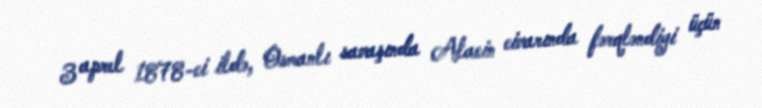
3 aprel 1878-ci ildə, Osmanlı savaşında Alacin civarında fərqləndiyi üçün